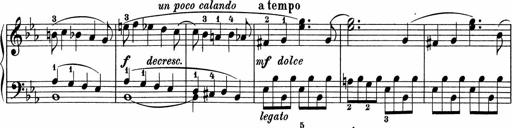
Title: 5 Sonatinen fÃ¼r die Jugend
Composer: Carl Reinecke